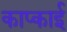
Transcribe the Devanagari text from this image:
काप्काई